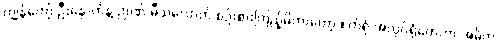
ကျွန်တော့် ဦးနှောက်နဲ့ ဉာဏ် မီသလောက် စဉ်းစားကြည့်မိတာတော့ စက်ရုံ အလုပ်ရုံတွေဟာ အဓိက